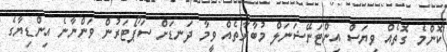
ކޮންމެ ގޮތެއް ވިޔަސް އިންޓަނޭޝަނަލް މުބާރާތެއް ވީމާ ދަނޑަށް ސަޕޯޓަރުން ވަންނާނެ އިންޑިޔާގެ